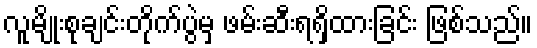
လူမျိုးစုချင်းတိုက်ပွဲမှ ဖမ်းဆီးရရှိထားခြင်း ဖြစ်သည်။